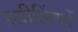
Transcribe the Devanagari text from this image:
स्त्रीलिंगों